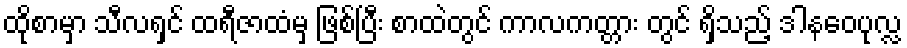
ထိုစာမှာ သီလရှင် ထရီဇာထံမှ ဖြစ်ပြီး စာထဲတွင် ကာလကတ္တား တွင် ရှိသည့် ဒါနဝေပုလ္လ